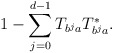
\begin{align*}1-\sum_{j=0}^{d-1}T_{b^ja}T_{b^ja}^*.\end{align*}